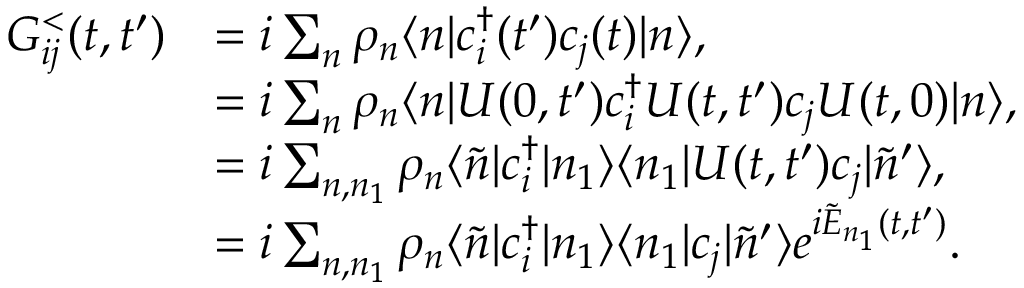
\begin{array} { r l } { G _ { i j } ^ { < } ( t , t ^ { \prime } ) } & { = i \sum _ { n } \rho _ { n } \langle n | c _ { i } ^ { \dagger } ( t ^ { \prime } ) c _ { j } ( t ) | n \rangle , } \\ & { = i \sum _ { n } \rho _ { n } \langle n | U ( 0 , t ^ { \prime } ) c _ { i } ^ { \dagger } U ( t , t ^ { \prime } ) c _ { j } U ( t , 0 ) | n \rangle , } \\ & { = i \sum _ { n , n _ { 1 } } \rho _ { n } \langle \Tilde { n } | c _ { i } ^ { \dagger } | n _ { 1 } \rangle \langle n _ { 1 } | U ( t , t ^ { \prime } ) c _ { j } | \Tilde { n } ^ { \prime } \rangle , } \\ & { = i \sum _ { n , n _ { 1 } } \rho _ { n } \langle \Tilde { n } | c _ { i } ^ { \dagger } | n _ { 1 } \rangle \langle n _ { 1 } | c _ { j } | \Tilde { n } ^ { \prime } \rangle e ^ { i \Tilde { E } _ { n _ { 1 } } ( t , t ^ { \prime } ) } . } \end{array}